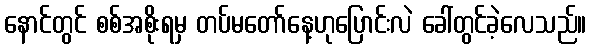
နောင်တွင် စစ်အစိုးရမှ တပ်မတော်နေ့ဟုပြောင်းလဲ ခေါ်တွင်ခဲ့လေသည်။